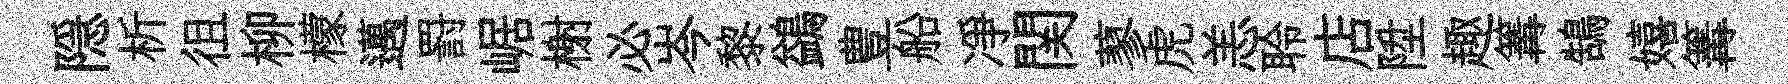
隠析徂柳檬邁罸崌榭必岑黎鷁豊船凈関蓼虎恙聆店陞趣篝鵠嬉篝